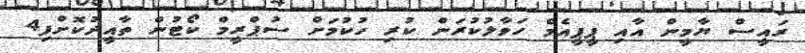
ރައީސް ޔާމީން އާއި ޕީޕީއެމް ހަވާލުކުރަން ކުރި ހުކުމަށް ސުޕްރީމް ކޯޓުން ތާއީދުކޮށްފި4